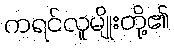
ကရင်လူမျိုးတို့၏